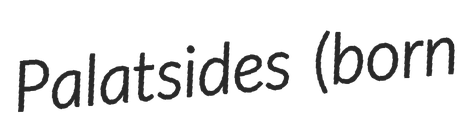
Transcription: Palatsides (born